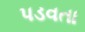
પડવતા